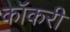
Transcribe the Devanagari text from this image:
कॉकरी